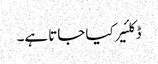
ڈکلئیر کیا جاتا ہے۔